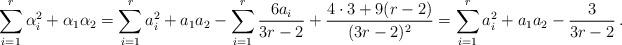
LaTeX: \begin{align*}\sum_{i=1}^r\alpha_i^2+\alpha_1\alpha_2=\sum_{i=1}^r a_i^2+a_1a_2-\sum_{i=1}^r\frac{6a_i}{3r-2}+\frac{4\cdot 3+9(r-2)}{(3r-2)^2}=\sum_{i=1}^r a_i^2+a_1a_2-\frac{3}{3r-2}\,.\end{align*}